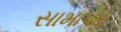
સામાપોર